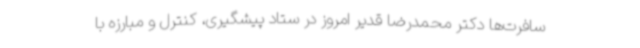
سافرت‌ها دکتر محمدرضا قدیر امروز در ستاد پیشگیری، کنترل و مبارزه با